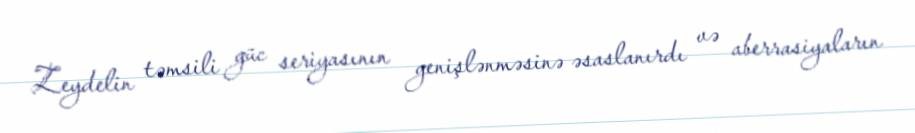
Zeydelin təmsili güc seriyasının genişlənməsinə əsaslanırdı və aberrasiyaların